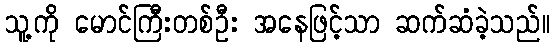
သူ့ကို မောင်ကြီးတစ်ဦး အနေဖြင့်သာ ဆက်ဆံခဲ့သည်။